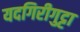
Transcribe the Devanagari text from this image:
यदगिरीगुट्टा